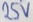
Text: 25V